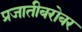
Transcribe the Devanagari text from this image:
प्रजातीबरोबर